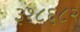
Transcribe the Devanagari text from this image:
३१८६८२